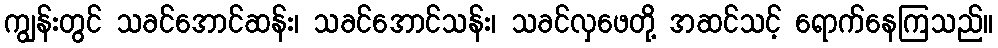
ကျွန်းတွင် သခင်အောင်ဆန်း၊ သခင်အောင်သန်း၊ သခင်လှဖေတို့ အဆင်သင့် ရောက်နေကြသည်။